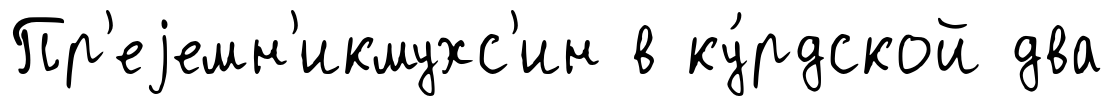
Пр'еjемн'икмухс'ин в ку́рдской два